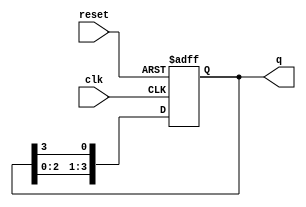
module bistable_ring_counter (
    input wire clk,          // Clock input
    input wire reset,        // Asynchronous reset signal
    output reg [3:0] q       // 4-bit output representing the state
);

    // Initial state configuration (reset state)
    always @(posedge clk or posedge reset) begin
        if (reset) begin
            q <= 4'b0001;    // Initialize the first flip-flop to '1', others to '0'
        end else begin
            // Shift the bits to the right and wrap around
            q <= {q[2:0], q[3]}; // q[3] feeds into q[0]
        end
    end
endmodule